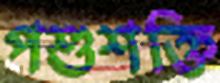
পশুশক্তি